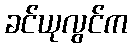
ခင်ယုလွင်က